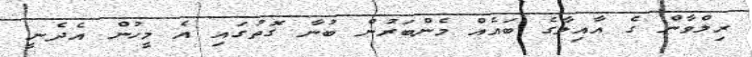
ރިލްވާން ގެ އާއިލާގެ ބައެއް މެންބަރުން ބުނާ ގޮތުގައި އެ މީހުން އެދެނީ